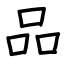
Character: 品